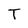
Character: T